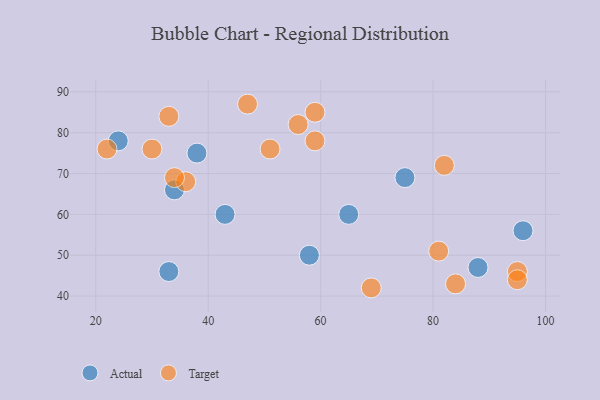
{"axis": {"x": "GDP", "y": "Life Expectancy"}, "legend": ["Actual", "Target"], "data": [{"x": "43", "y": 60, "type": "Actual"}, {"x": "24", "y": 78, "type": "Actual"}, {"x": "88", "y": 47, "type": "Actual"}, {"x": "65", "y": 60, "type": "Actual"}, {"x": "75", "y": 69, "type": "Actual"}, {"x": "38", "y": 75, "type": "Actual"}, {"x": "96", "y": 56, "type": "Actual"}, {"x": "34", "y": 66, "type": "Actual"}, {"x": "58", "y": 50, "type": "Actual"}, {"x": "33", "y": 46, "type": "Actual"}, {"x": "30", "y": 76, "type": "Target"}, {"x": "36", "y": 68, "type": "Target"}, {"x": "59", "y": 85, "type": "Target"}, {"x": "56", "y": 82, "type": "Target"}, {"x": "47", "y": 87, "type": "Target"}, {"x": "22", "y": 76, "type": "Target"}, {"x": "95", "y": 46, "type": "Target"}, {"x": "51", "y": 76, "type": "Target"}, {"x": "95", "y": 44, "type": "Target"}, {"x": "81", "y": 51, "type": "Target"}, {"x": "69", "y": 42, "type": "Target"}, {"x": "82", "y": 72, "type": "Target"}, {"x": "59", "y": 78, "type": "Target"}, {"x": "33", "y": 84, "type": "Target"}, {"x": "84", "y": 43, "type": "Target"}, {"x": "34", "y": 69, "type": "Target"}]}